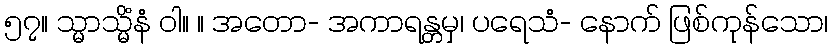
၅၇။ သ္မာသ္မိံနံ ဝါ။ ။ အတော- အကာရန္တမှ၊ ပရေသံ- နောက် ဖြစ်ကုန်သော၊